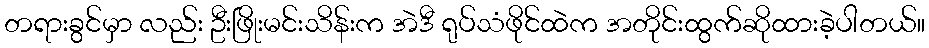
တရားခွင်မှာ လည်း ဦးဖြိုးမင်းသိန်းက အဲဒီ ရုပ်သံဖိုင်ထဲက အတိုင်းထွက်ဆိုထားခဲ့ပါတယ်။